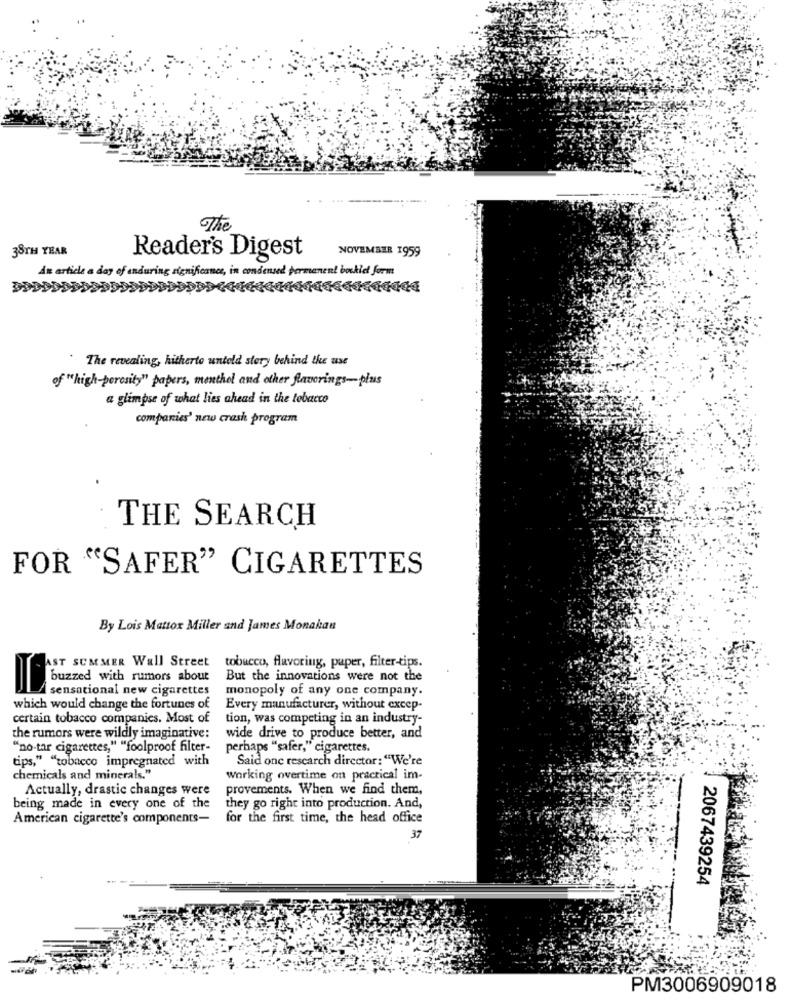
The
38TH YEAR
NOVEMBER 1959
Reader's Digest
As article a day of anduring significance, in condensed permanent bockied form
The revealing, hitherto untold story behind the use
of "high-porosity" papers, menthol and other flavorings-plus
a glimpse of what lies ahead in the tobacco
companies' new crash program
THE SEARCH
FOR "SAFER" CIGARETTES
By Lois Mattox Miller and James Monakan
AST SUMMER Wall Street tobacco, flavoring, paper, filter-tips.
buzzed with rumors about
But the innovations were not the
A sensational new cigarettes
monopoly of any one company.
which would change the fortunes of
Every manufacturer, without excep-
certain tobacco companies. Most of
tion, was competing in an industry-
the rumors were wildly imaginative:
wide drive to produce better, and
"no-tar cigarettes," "foolproof filter-
perhaps "safer," cigarettes.
tips," "tobacco impregnated with
Said onc research director: "We're
chemicals and minerals."
working overtime on practical im-
Actually, drastic changes were
provements. When we find them,
being made in every one of the
they go right into production. And,
American cigarette's components-
for the first time, the head office
37
2067439254
PM3006909018